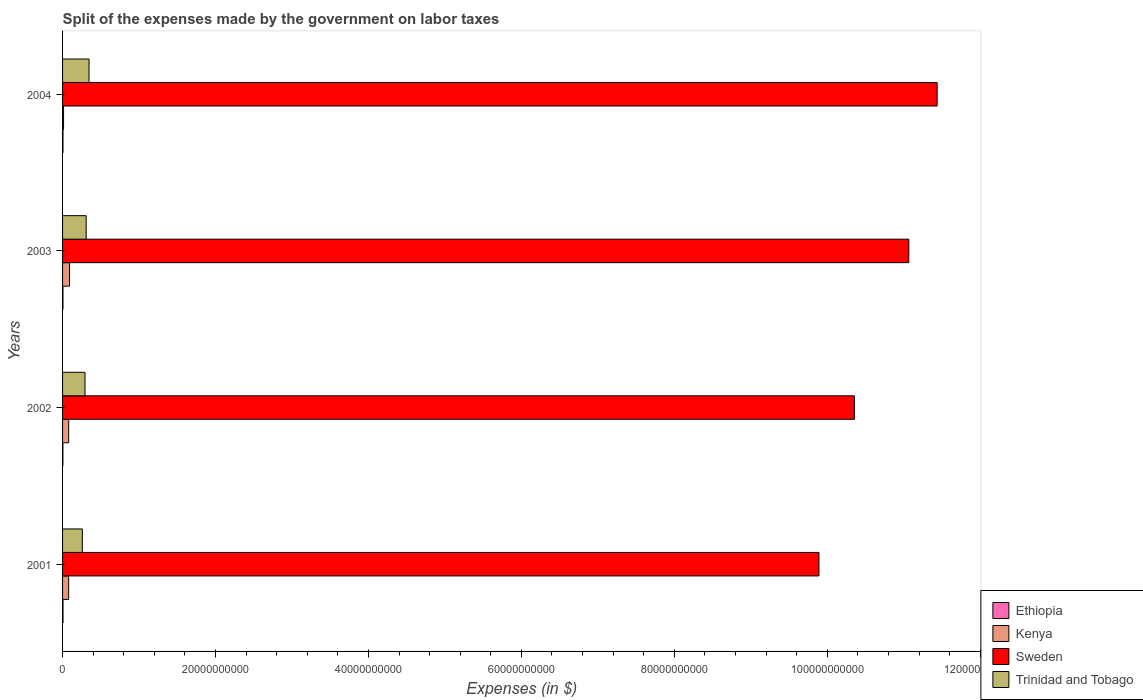
| Years | Ethiopia | Kenya | Sweden | Trinidad and Tobago |
 | --- | --- | --- | --- | --- |
 | 2001 | 5.79e+07 | 7.97e+08 | 9.89e+10 | 2.59e+09 |
 | 2002 | 4.51e+07 | 8.01e+08 | 1.04e+11 | 2.93e+09 |
 | 2003 | 5.2e+07 | 9.14e+08 | 1.11e+11 | 3.09e+09 |
 | 2004 | 5.71e+07 | 1.31e+08 | 1.14e+11 | 3.46e+09 |